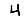
Digit: 4